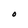
Character: O